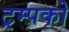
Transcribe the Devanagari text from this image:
ट्रम्पको